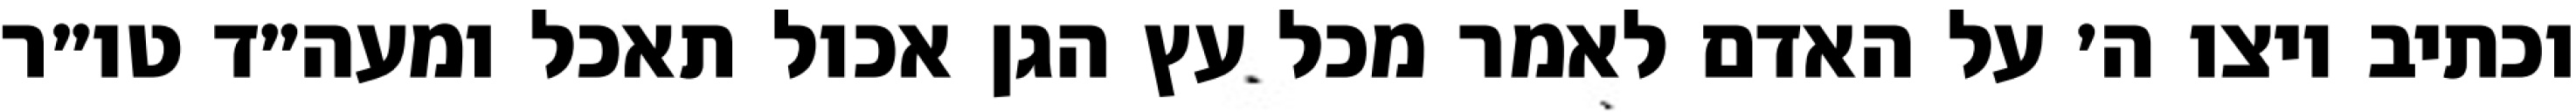
וכתיב ויצו ה׳ על האדם לאמר מכל עץ הגן אכול תאכל ומעה״ד טו״ר